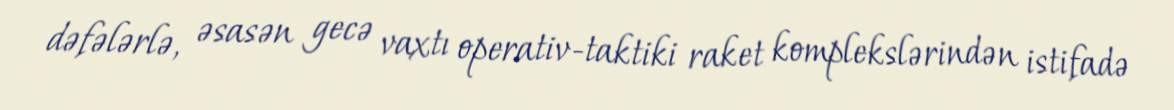
dəfələrlə, əsasən gecə vaxtı operativ-taktiki raket komplekslərindən istifadə